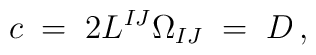
c \;=\; 2 L^{IJ} \Omega_{IJ} \;=\; D \, ,